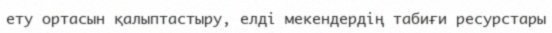
ету ортасын қалыптастыру, елді мекендердің табиғи ресурстары